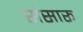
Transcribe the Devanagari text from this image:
संसारू